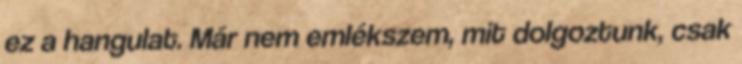
ez a hangulat. Már nem emlékszem, mit dolgoztunk, csak